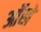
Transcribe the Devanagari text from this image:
आॅखे